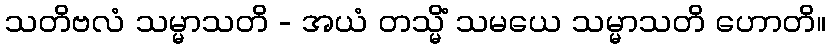
သတိဗလံ သမ္မာသတိ - အယံ တသ္မိံ သမယေ သမ္မာသတိ ဟောတိ။